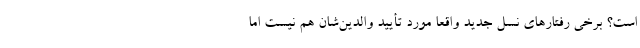
است؟ برخی رفتارهای نسل جدید واقعا مورد تأیید والدین‌شان هم نیست اما